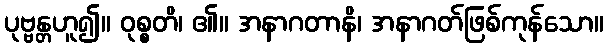
ပုဗ္ဗန္တဟူ၍။ ဝုစ္စတိ၊ ၏။ အနာဂတာနိ၊ အနာဂတ်ဖြစ်ကုန်သော။